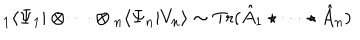
{ } _ { 1 } \langle \Psi _ { 1 } | \otimes \cdots \otimes { } _ { n } \langle \Psi _ { n } | V _ { n } \rangle \sim \mathrm { T r } ( \hat { A } _ { 1 } \star \cdots \star \hat { A } _ { n } )